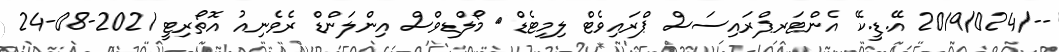
--/2019/024 އޭ.ޑީ.ކޭ އެންޓަރޕްރައިސަސް ޕްރައިވެޓް ލިމިޓެޑް	 މޯލްޑިވްސް އިންލަންޑް ރެވެނިއު އޮތޯރިޓީ 2021-08-24